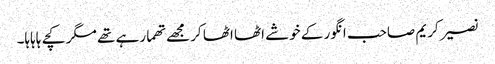
نصیر کریم صاحب انگور کے خوشے اٹھا اٹھا کر مجھے تھما رہے تھے مگر کچے ہاہاہا۔